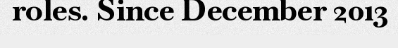
roles. Since December 2013